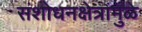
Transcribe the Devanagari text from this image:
संशोधनक्षेत्रांमुळे